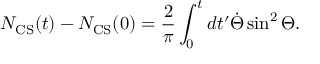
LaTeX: N _ { \mathrm { C S } } ( t ) - N _ { \mathrm { C S } } ( 0 ) = \frac { 2 } { \pi } \int _ { 0 } ^ { t } d t ^ { \prime } \dot { \Theta } \sin ^ { 2 } \Theta .